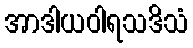
အာဒါယဝါရသဒိသံ